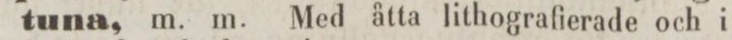
tuna, m. m. Med åtta lithografierade och i